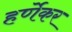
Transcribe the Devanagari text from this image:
हर्णेकर